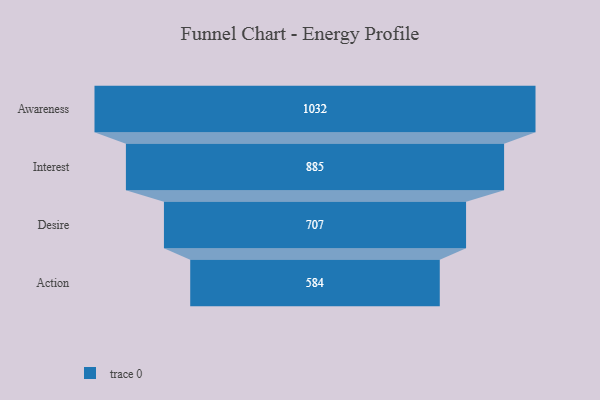
{"axis": {"x": "Stage", "y": "Value"}, "legend": [""], "data": [{"x": "Awareness", "y": 1032.0, "type": ""}, {"x": "Interest", "y": 885.0, "type": ""}, {"x": "Desire", "y": 707.0, "type": ""}, {"x": "Action", "y": 584.0, "type": ""}]}